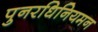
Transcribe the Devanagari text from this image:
पुनरधिनियमन